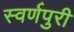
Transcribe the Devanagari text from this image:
स्वर्णपुरी